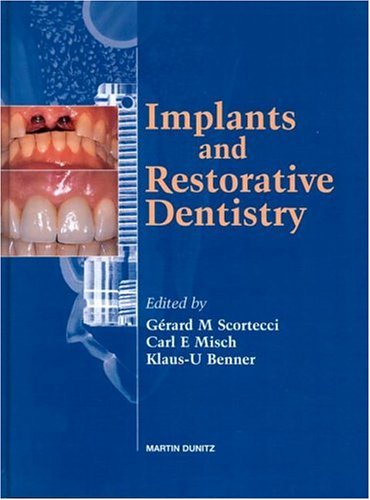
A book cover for Implants and Restorative Dentistry; Medical Books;